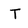
Character: T